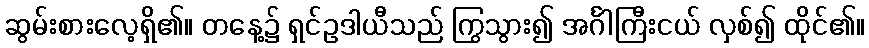
ဆွမ်းစားလေ့ရှိ၏။ တနေ့၌ ရှင်ဥဒါယီသည် ကြွသွား၍ အင်္ဂါကြီးငယ် လှစ်၍ ထိုင်၏။